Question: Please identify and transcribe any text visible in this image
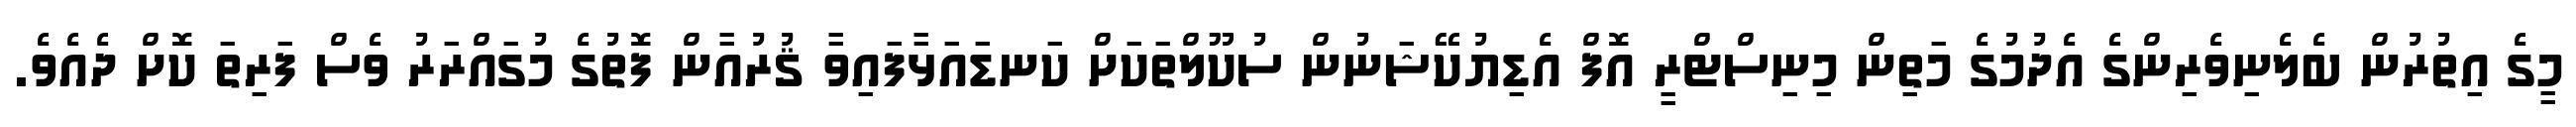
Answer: މީގެ އިތުރުން ބެލެނިވެރިންގެ އެދުމުގެ މަތިން މިނިސްޓްރީ އޮފް އެޑިޔުކޭޝަނުން ސުކޫލްތަކަށް ކަނޑައަޅާފައިވާ ޤުރުއާން ފޮތުގެ މުގައްރަރު ވެސް ފަރިތަ ކޮށް ދެއެވެ.